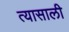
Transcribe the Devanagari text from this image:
त्‍यासाली